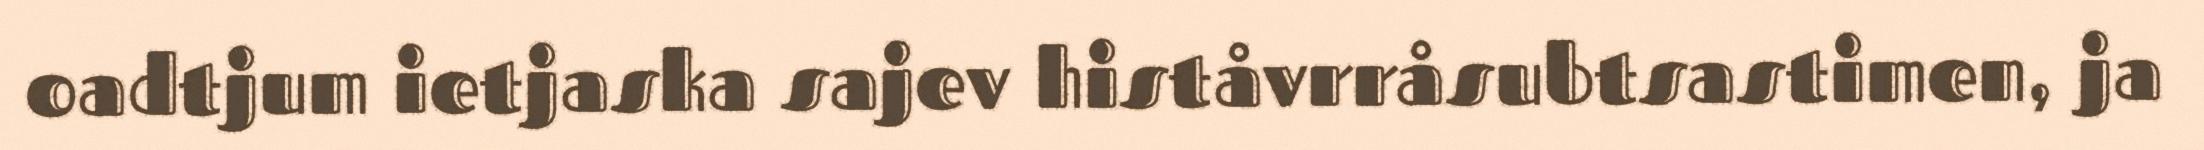
oadtjum ietjaska sajev histåvrråsubtsastimen, ja